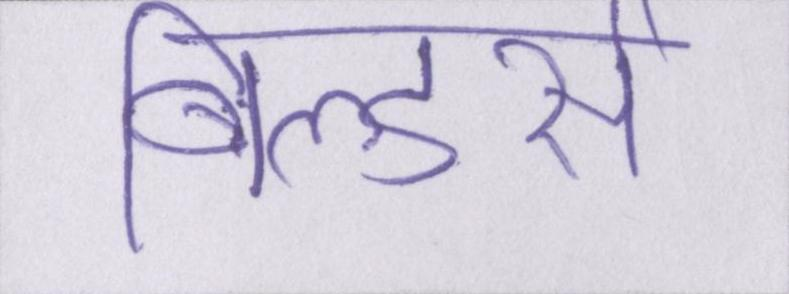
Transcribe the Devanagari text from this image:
बिल्डर्स